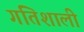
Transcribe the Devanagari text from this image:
गतिशाली